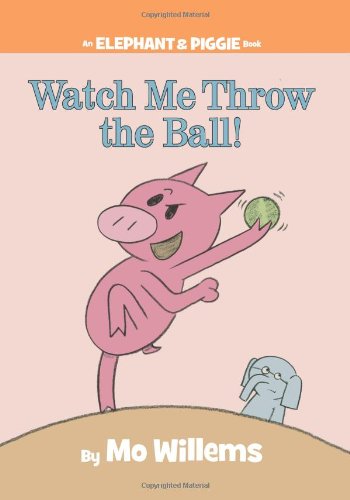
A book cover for Watch Me Throw the Ball! (An Elephant and Piggie Book); Mo Willems; Children's Books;